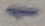
Text: 1